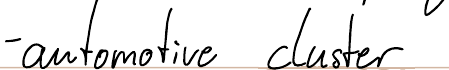
- automotive cluster